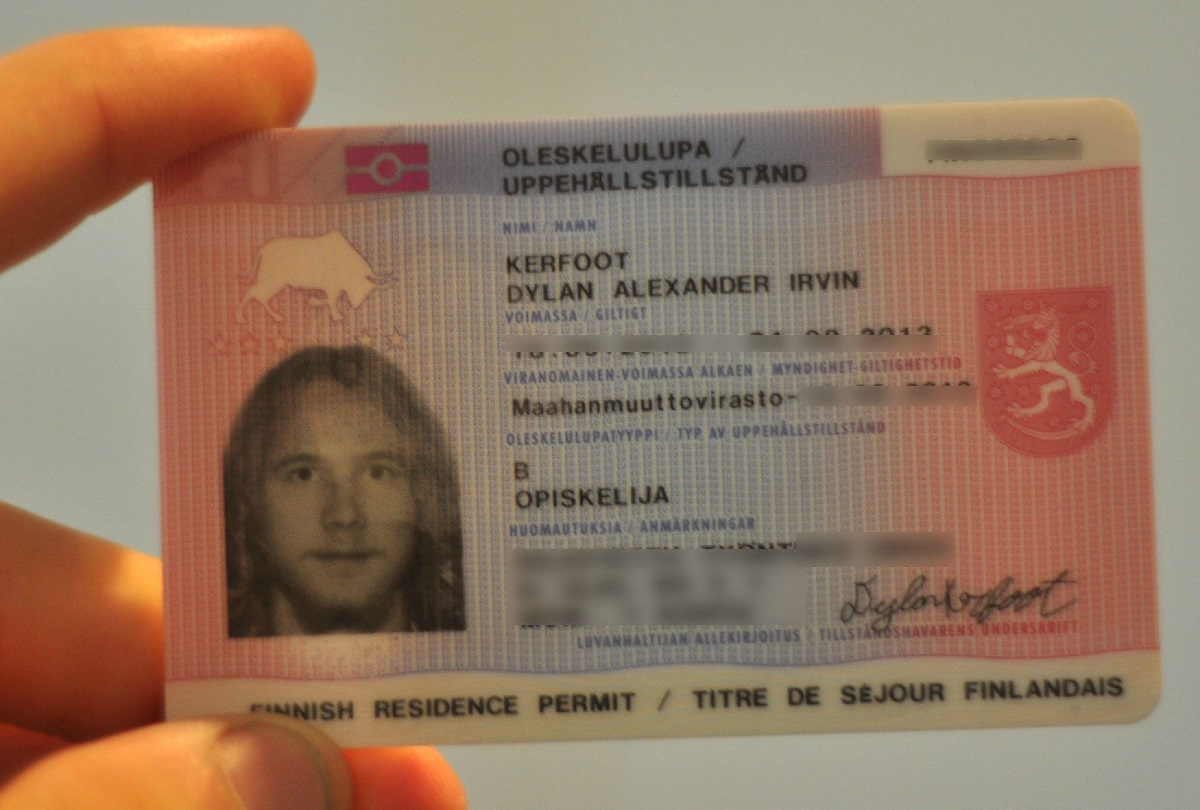
Language: fn